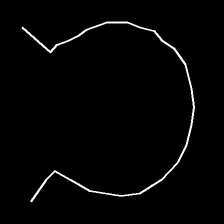
Glyph: weave